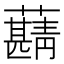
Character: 𧃠